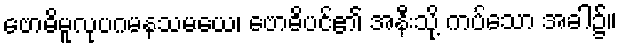
ဗောဓိမူလုပဂမနသမယေ၊ ဗောဓိပင်၏ အနီးသို့ ကပ်သော အခါ၌။